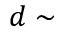
d \sim